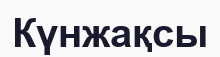
Күнжақсы